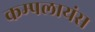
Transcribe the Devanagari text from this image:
कम्पलायंस